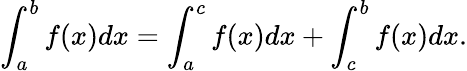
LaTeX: \int_{a}^{b}f(x)dx=\int_{a}^{c}f(x)dx+\int_{c}^{b}f(x)dx.